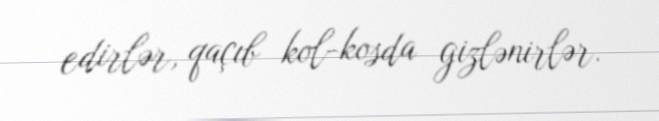
edirlər, qaçıb kol-kosda gizlənirlər.